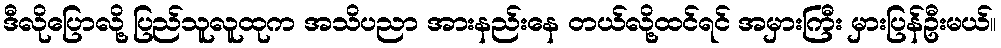
ဒီလိုပြောလို့ ပြည်သူလူထုက အသိပညာ အားနည်းနေ တယ်လို့ထင်ရင် အမှားကြီး မှားပြန်ဦးမယ်။